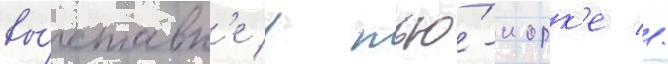
вы́ставк'е в нью́-иорк'е //